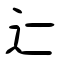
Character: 辷